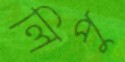
লিপু